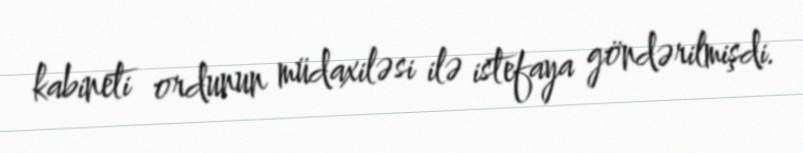
kabineti ordunun müdaxiləsi ilə istefaya göndərilmişdi.